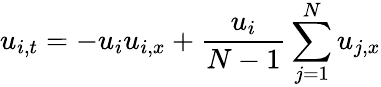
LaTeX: u_{i,t}=-u_{i}u_{i,x}+{\frac{u_{i}}{N-1}}\sum_{j=1}^{N}u_{j,x}